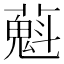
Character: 𬞴